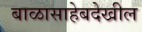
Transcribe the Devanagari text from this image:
बाळासाहेबदेखील